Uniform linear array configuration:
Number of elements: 32
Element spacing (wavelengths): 1
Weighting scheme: hamming
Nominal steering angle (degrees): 0
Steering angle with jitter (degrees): -0.9171
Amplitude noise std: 0.05
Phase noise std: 0.05

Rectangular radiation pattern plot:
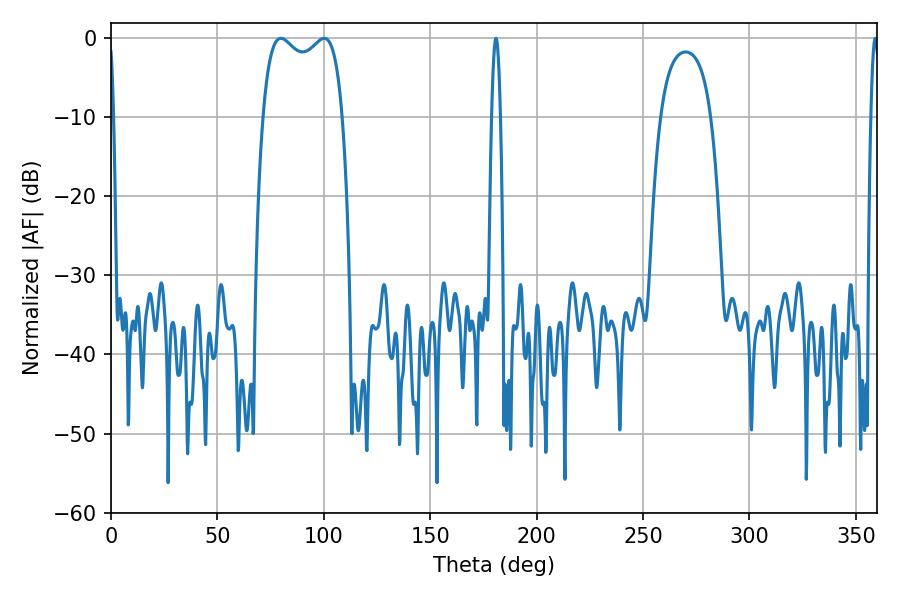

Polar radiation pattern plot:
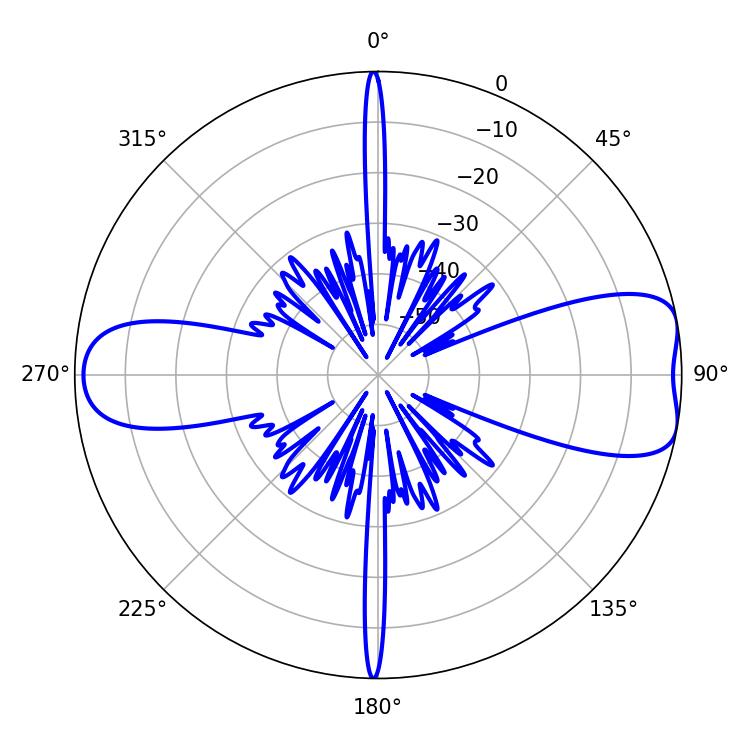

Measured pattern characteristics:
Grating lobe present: TRUE
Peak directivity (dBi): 8.527
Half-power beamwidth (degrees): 2.16
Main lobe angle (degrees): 180.9